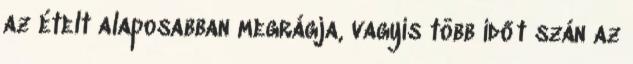
az ételt alaposabban megrágja, vagyis több időt szán az